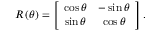
R \left( \theta \right) = \left[ \begin{array} { c c } { \cos \theta } & { - \sin \theta } \\ { \sin \theta } & { \cos \theta } \end{array} \right] .